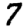
Digit: 7